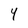
Character: 4